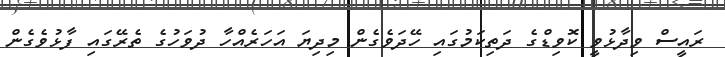
ރައީސް ވިދާޅުވީ ކޮވިޑްގެ ދަތިކަމުގައި ހޭދަވެގެން މިދިޔަ އަހަރެއްހާ ދުވަހުގެ ތެރޭގައި ފާޅުވެގެން